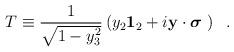
LaTeX: \begin{align*}T \equiv \frac{1}{\sqrt{1-y^2_3}} \left( y_2 {\bf 1}_2 + i {\bf y} \cdot \mbox{\boldmath $\sigma$ } \right)\;\;.\end{align*}